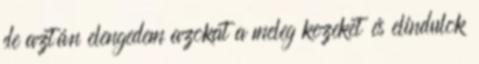
de aztán elengedem azokat a meleg kezeket és elindulok